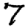
Digit: 7